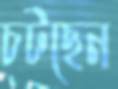
চটছেন